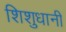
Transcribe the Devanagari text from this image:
शिशुधानी